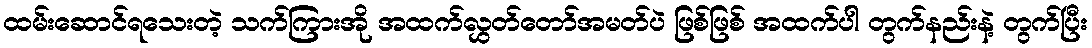
ထမ်းဆောင်ရသေးတဲ့ သက်ကြားအို အထက်လွှတ်တော်အမတ်ပဲ ဖြစ်ဖြစ် အထက်ပါ တွက်နည်းနဲ့ တွက်ပြီး